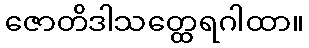
ဇောတိဒါသတ္ထေရဂါထာ။